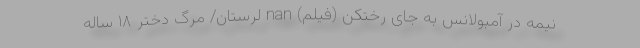
نیمه در آمبولانس به جای رختکن (فیلم) nan لرستان/ مرگ دختر ۱۸ ساله